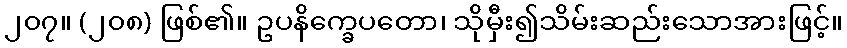
၂၀၇။ (၂၀၈) ဖြစ်၏။ ဥပနိက္ခေပတော၊ သိုမှီး၍သိမ်းဆည်းသောအားဖြင့်။